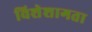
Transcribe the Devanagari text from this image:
विशेशागता